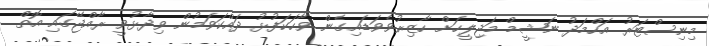
މިނިސްޓަރު އަހްމަދު ނަޝީމް މަޖިލީހަށް ހާޒިރުވެވަޑައިގެން ވާހަކަފުޅު ދައްކަވަމުން ވިދާޅުވީ ރާއްޖޭގައި އޮތް